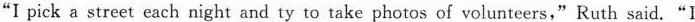
"I pick a street each night and ty to take photos of volunteers,"Ruth said."I